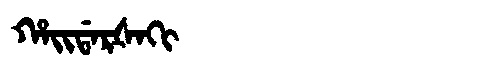
Manchu: ᡥᠠᡳᡩᠠᡵᡧᠠᡴᡳ
Romanization: HAIDARŠAKI